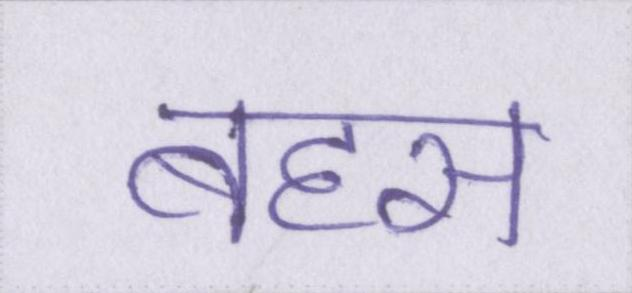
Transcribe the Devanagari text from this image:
बहस